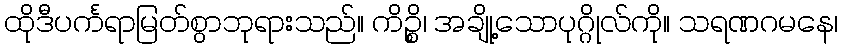
ထိုဒီပင်္ကရာမြတ်စွာဘုရားသည်။ ကိဉ္စိ၊ အချို့သောပုဂ္ဂိုလ်ကို။ သရဏဂမနေ၊